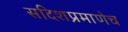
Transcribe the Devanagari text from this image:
सदिशप्रमाणेच